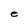
Character: e